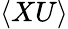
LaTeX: \langle XU\rangle